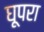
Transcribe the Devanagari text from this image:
घूपरा